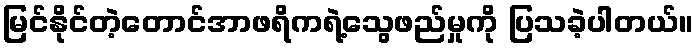
မြင်နိုင်တဲ့တောင်အာဖရိကရဲ့သွေဖည်မှုကို ပြသခဲ့ပါတယ်။